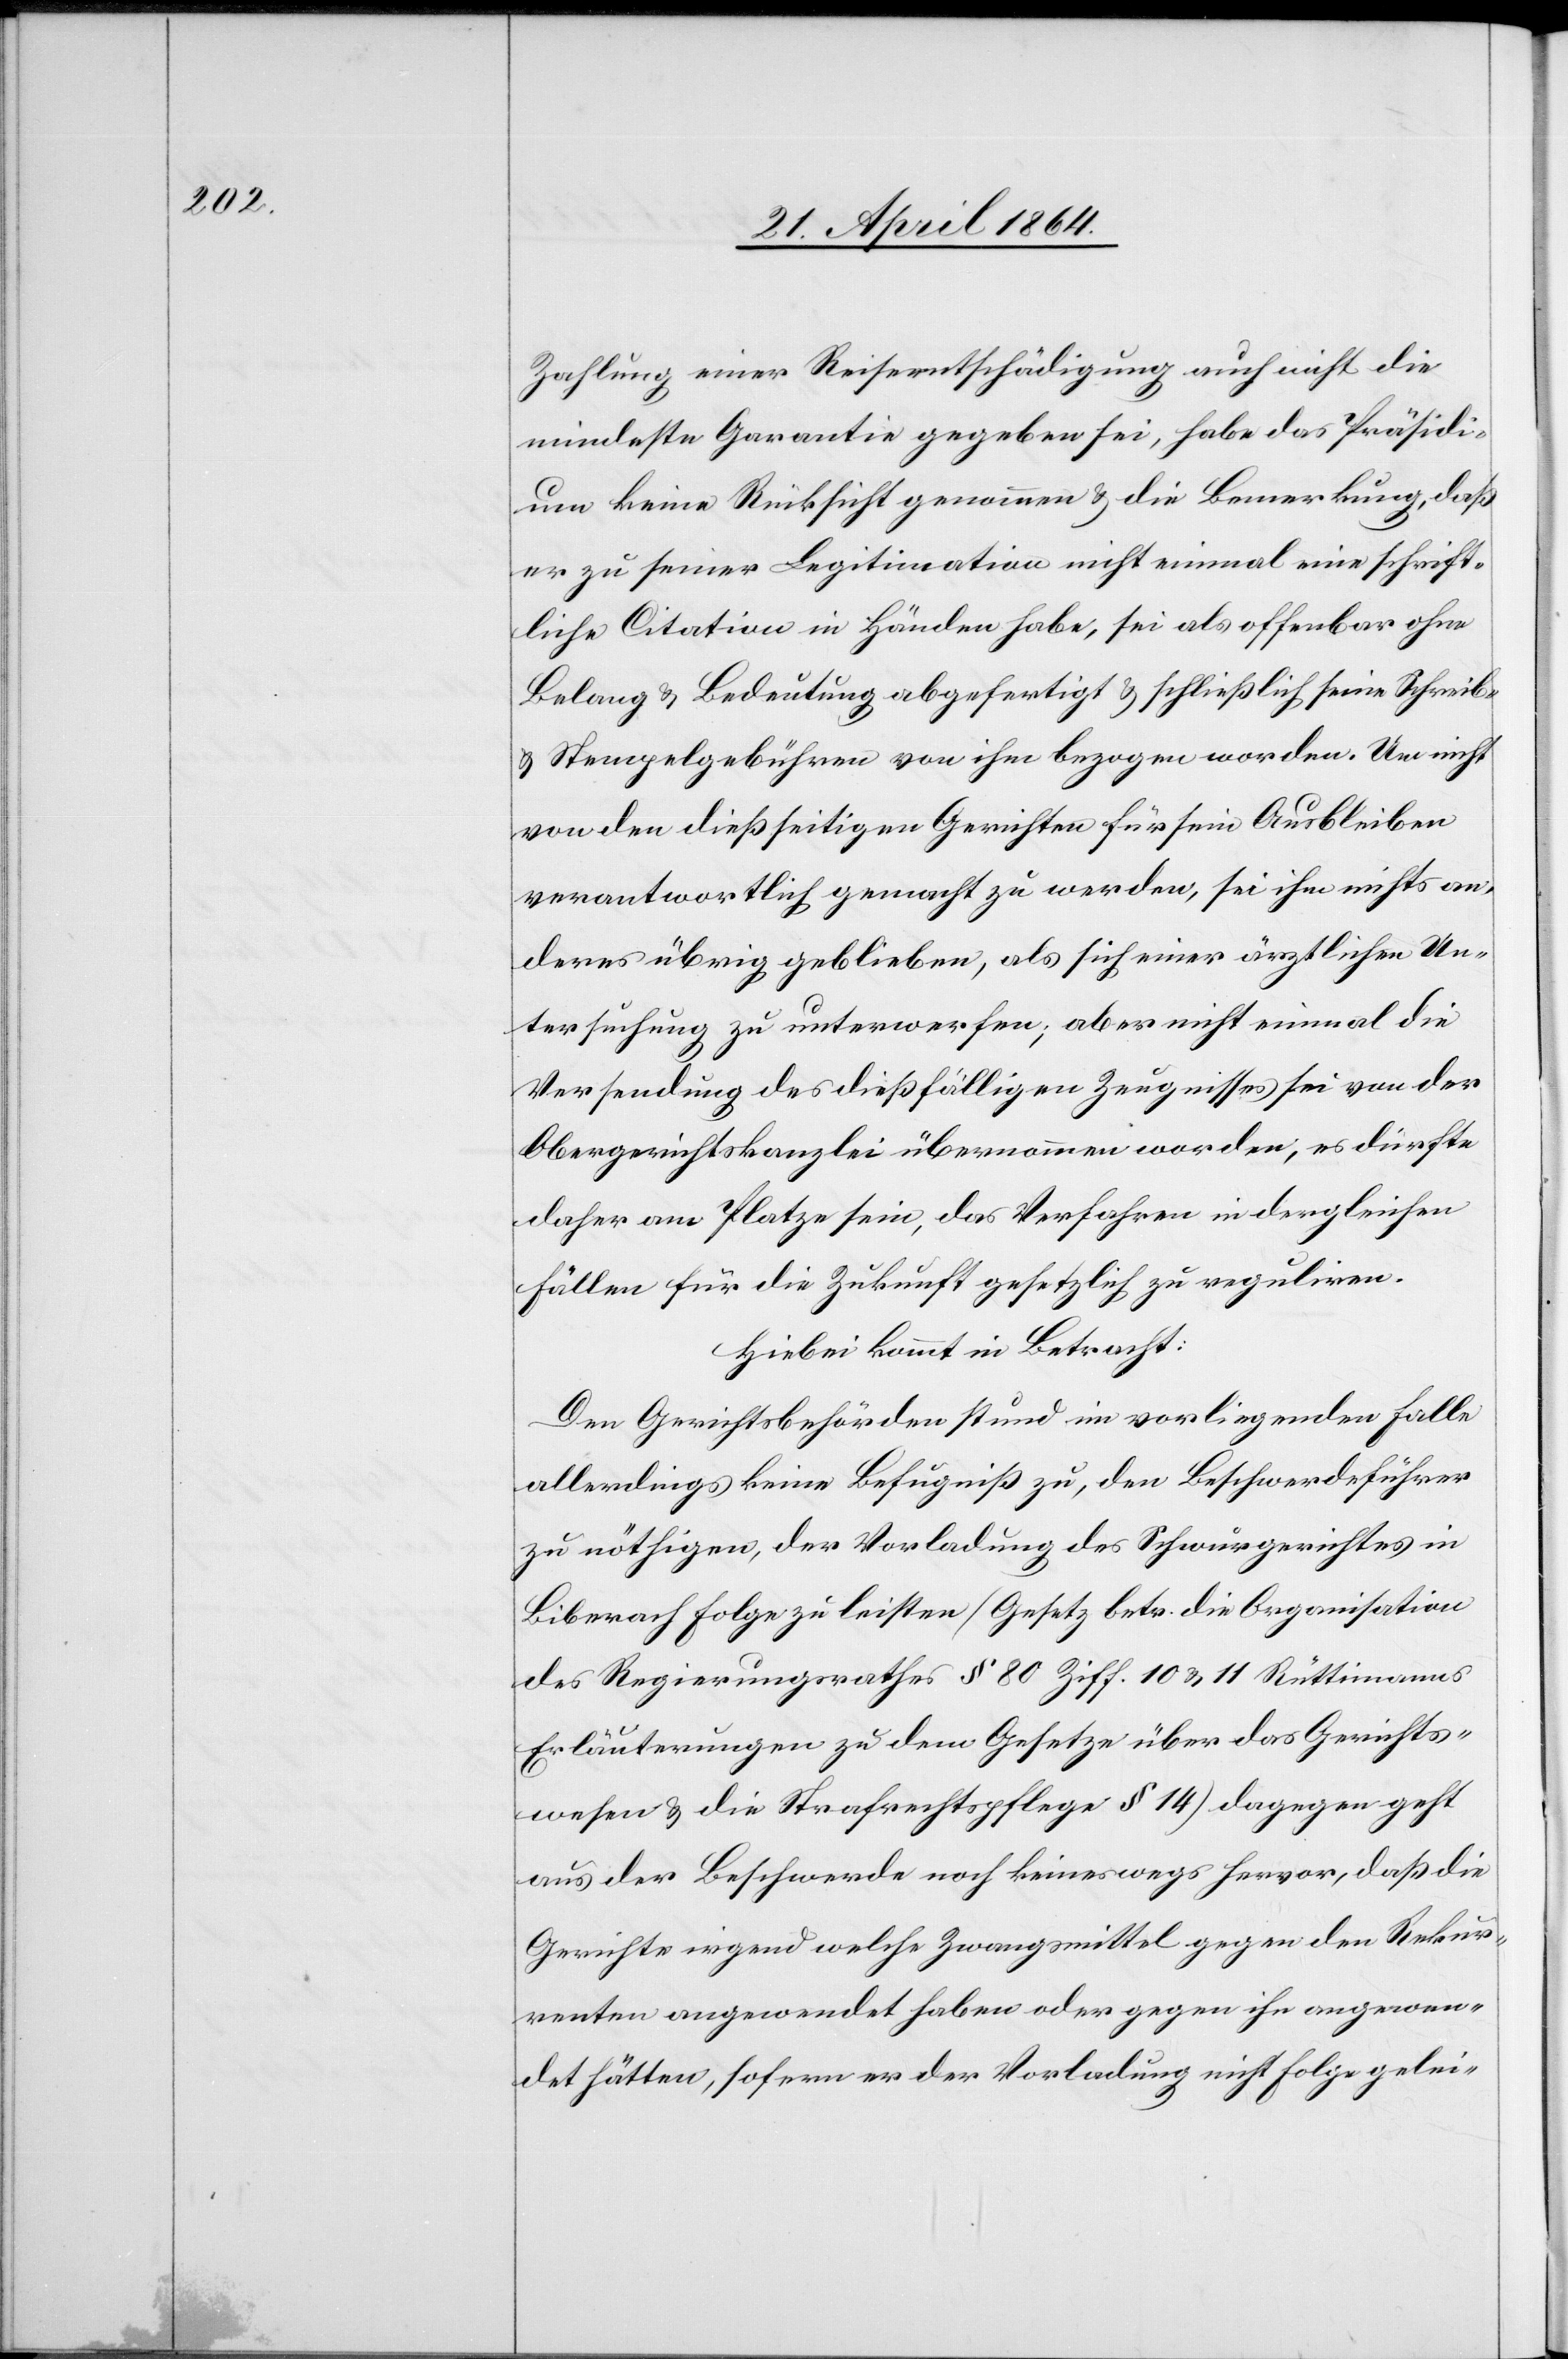
Zahlung einer Reiseentschädigung auch nicht die
mindeste Garantie gegeben sei, habe das Präsidi¬
um keine Rücksicht genommen u. die Bemerkung, daß
er zu seiner Legitimation nicht einmal eine schrift¬
liche Citation in Händen habe, sei als offenbar ohne
Belang u. Bedeutung abgefertigt u. schließlich seine Schreib-
u. Stempelgebühren von ihm bezogen worden. Um nicht
von den dießseitigen Gerichten für sein Ausbleiben
verantwortlich gemacht zu werden, sei ihm nichts an¬
deres übrig geblieben, als sich einer ärztlichen Un¬
tersuchung zu unterwerfen; aber nicht einmal die
Versendung des dießfälligen Zeugnisses sei von der
Obergerichtskanzlei übernommen worden, es dürfte
daher am Platze sein, das Verfahren in dergleichen
Fällen für die Zukunft gesetzlich zu reguliren.
Hiebei kommt in Betracht:
Den Gerichtsbehörden stund im vorliegenden Falle
allerdings keine Befugniß zu, den Beschwerdeführer
zu nöthigen, der Vorladung des Schwurgerichtes in
Biberach Folge zu leisten (Gesetz betr. die Organisation
des Regierungsrathes § 80 Ziff. 10 u. 11 Rüttimanns
Erläuterungen zu dem Gesetze über das Gerichts¬
wesen u. die Strafrechtspflege § 14) dagegen geht
aus der Beschwerde noch keineswegs hervor, daß die
Gerichte irgend welche Zwangsmittel gegen den Rekur¬
renten angewendet haben oder gegen ihn angewen¬
det hätten, sofern er der Vorladung nicht Folge gelei-